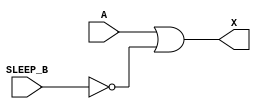
module sky130_fd_sc_hd__lpflow_inputiso1n_4 (
    X      ,
    A      ,
    SLEEP_B
);
    output X      ;
    input  A      ;
    input  SLEEP_B;
    wire SLEEP;
    not not0 (SLEEP , SLEEP_B        );
    or  or0  (X     , A, SLEEP       );
endmodule